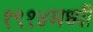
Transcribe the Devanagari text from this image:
१९१४मध्यी